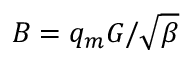
B = q _ { m } G / \sqrt { \beta }